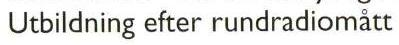
Utbildning efter rundradiomátt